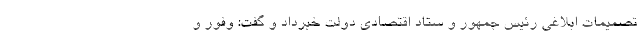
تصمیمات ابلاغی رئیس جمهور و ستاد اقتصادی دولت خبرداد و گفت: وفور و